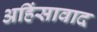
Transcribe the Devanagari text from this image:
अहिंसावाद